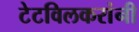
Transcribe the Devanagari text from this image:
टेटविलकरांनी